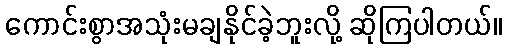
ကောင်းစွာအသုံးမချနိုင်ခဲ့ဘူးလို့ ဆိုကြပါတယ်။